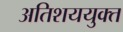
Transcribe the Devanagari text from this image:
अतिशययुक्त